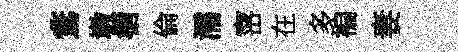
鶩墩槍倫濡宻在多褊妻